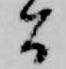
間